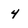
Character: 4